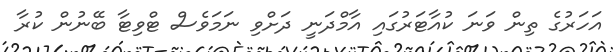
އަހަރުގެ ތިން ވަނަ ކުއާޓަރުގައި އާމްދަނީ ދަށްވި ނަމަވެސް ޓްވިޓާ ބޭނުން ކުރާ